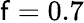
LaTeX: \mathsf{f}=0.7